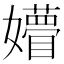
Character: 㜴